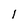
Character: l